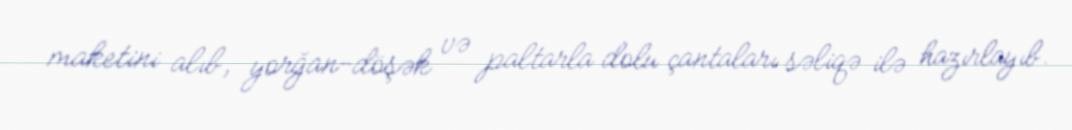
maketini alıb, yorğan-döşək və paltarla dolu çantaları səliqə ilə hazırlayıb.